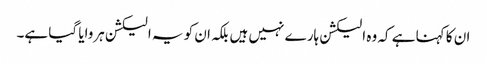
ان کا کہنا ہے کہ وہ الیکشن ہارے نہیں ہیں بلکہ ان کو یہ الیکشن ہروایا گیا ہے۔